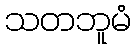
သတဘူမံ